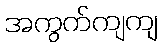
အကွက်ကျကျ